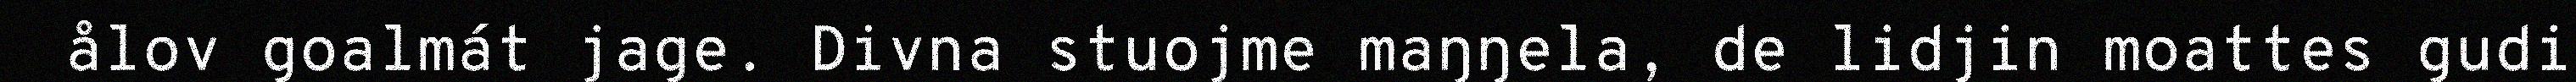
ålov goalmát jage. Divna stuojme maŋŋela, de lidjin moattes gudi